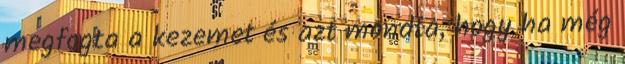
megfogta a kezemet és azt mondta, hogy ha még